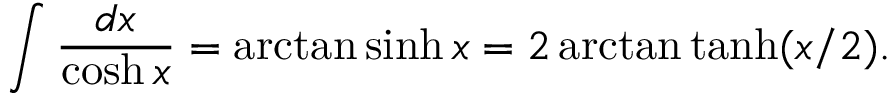
\displaystyle \int \displaystyle \frac { d x } { \cosh x } = \arctan \sinh x = 2 \arctan \operatorname { t a n h } ( x / 2 ) .